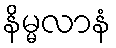
နိမ္မလာနံ